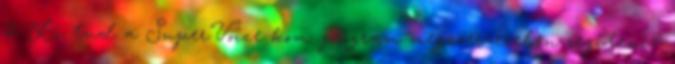
2. Ki tud a SuperVoice kom. program megszerzeseben segiteni?